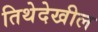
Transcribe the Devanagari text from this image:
तिथेदेखील